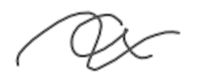
Text: a
Cross-out: wave
Writing tool: digital_gray